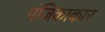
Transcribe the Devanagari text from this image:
पंजिकाकार